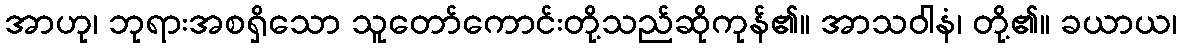
အာဟု၊ ဘုရားအစရှိသော သူတော်ကောင်းတို့သည်ဆိုကုန်၏။ အာသဝါနံ၊ တို့၏။ ခယာယ၊